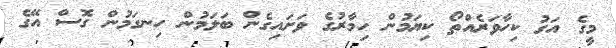
މީގެ އަގު ކިހާވަރެއްތޯ ކިޔަމުން ހިމާރުގެ ވަށައިގެން ބަލަމުން ހިނގަމުން ގޮސް އޭގެ